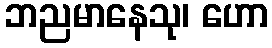
ဘညမာနေသု၊ ဟော